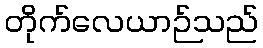
တိုက်လေယာဉ်သည်